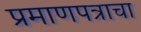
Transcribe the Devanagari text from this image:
प्रमाणपत्राचा